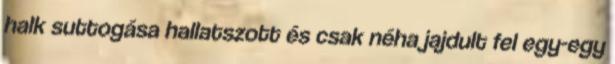
halk suttogása hallatszott és csak néha jajdult fel egy-egy